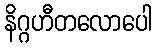
နိဂ္ဂဟီတလောပေါ